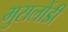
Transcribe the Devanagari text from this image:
मुसलोंडी